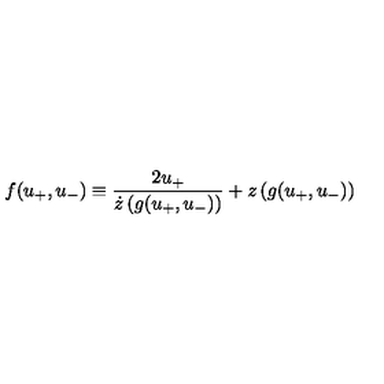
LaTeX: f ( u _ { + } , u _ { - } ) \equiv \frac { 2 u _ { + } } { \dot { z } \left( g ( u _ { + } , u _ { - } ) \right) } + z \left( g ( u _ { + } , u _ { - } ) \right)